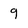
Character: 9